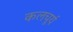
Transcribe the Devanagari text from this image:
कलचूर्य